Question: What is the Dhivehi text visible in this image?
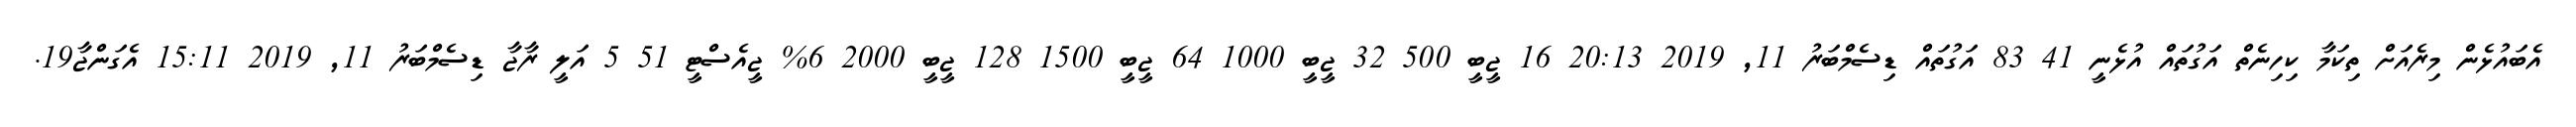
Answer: އެބައުޅެން މިރެއަށް ތިކަމާ ކިހިނެތް އަގުތައް އުޅެނީ 41 83 އަގުތައް ޑިސެމްބަރު 11, 2019 20:13 16 ޖީބީ 500 32 ޖީބީ 1000 64 ޖީބީ 1500 128 ޖީބީ 2000 6% ޖީއެސްޓީ 51 5 އަލީ ރާޖާ ޑިސެމްބަރު 11, 2019 15:11 އެގަންޖާ19.